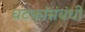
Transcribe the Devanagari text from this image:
घटकांसंबंधी